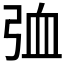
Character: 𪪽